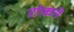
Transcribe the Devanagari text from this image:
टांकने